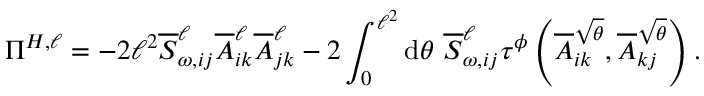
\Pi ^ { H , \ell } = - 2 \ell ^ { 2 } \overline { { S } } _ { \omega , i j } ^ { \ell } \overline { { A } } _ { i k } ^ { \ell } \overline { { A } } _ { j k } ^ { \ell } - 2 \int _ { 0 } ^ { \ell ^ { 2 } } \mathrm { d } \theta ~ \overline { { S } } _ { \omega , i j } ^ { \ell } \tau ^ { \phi } \left( \overline { { A } } _ { i k } ^ { \sqrt { \theta } } , \overline { { A } } _ { k j } ^ { \sqrt { \theta } } \right) .